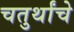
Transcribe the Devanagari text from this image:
चतुर्थांचे